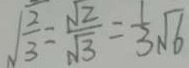
\sqrt { \frac { 2 } { 3 } } = \frac { \sqrt { 2 } } { \sqrt { 3 } } = \frac { 1 } { 3 } \sqrt { 6 }